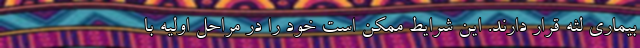
بیماری لثه قرار دارند. این شرایط ممکن است خود را در مراحل اولیه با